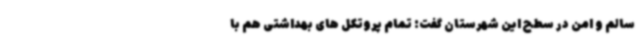
سالم و امن در سطح این شهرستان گفت: تمام پروتکل های بهداشتی هم با